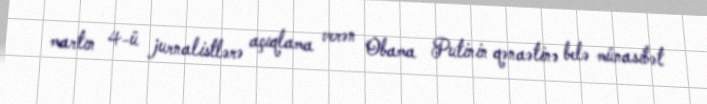
martın 4-ü jurnalistlərə açıqlama verən Obama Putinin qənaətinə belə münasibət